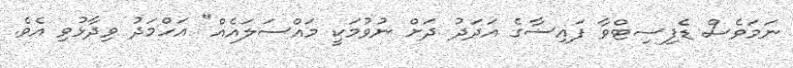
ނަމަވެސް ޑެފިސިޓްވާ ފައިސާގެ އަދަދު ދަށް ނުވުމަކީ މައްސަލައެއް" އަހްމަދު ވިދާޅުވި އެވެ.